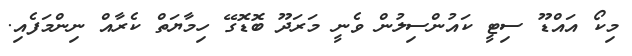
މިކޯ އައްޑޫ ސިޓީ ކައުންސިލުން ވެނީ މަރަދޫ ބޮޑޮގޭ ހިމާޔަތް ކެރާއް ނިންމަފެއި.